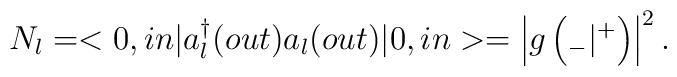
N_{l}= <0,in|a_{l}^{\dagger}(out)a_{l}(out)|0,in>=\left|g\left({}_{-}|{}^{+}\right)\right|^2.